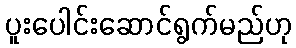
ပူးပေါင်းဆောင်ရွက်မည်ဟု